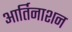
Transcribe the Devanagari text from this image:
आर्तिनाशन